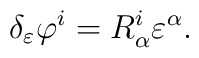
\delta_\varepsilon \varphi^i = R^i_\alpha \varepsilon^\alpha .